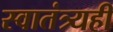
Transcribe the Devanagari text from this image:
स्वातंत्र्यही